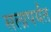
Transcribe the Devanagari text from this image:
सलापर्यंत